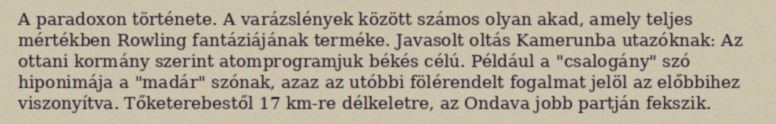
A paradoxon története. A varázslények között számos olyan akad, amely teljes mértékben Rowling fantáziájának terméke. Javasolt oltás Kamerunba utazóknak: Az ottani kormány szerint atomprogramjuk békés célú. Például a "csalogány" szó hiponimája a "madár" szónak, azaz az utóbbi fölérendelt fogalmat jelöl az előbbihez viszonyítva. Tőketerebestől 17 km-re délkeletre, az Ondava jobb partján fekszik.